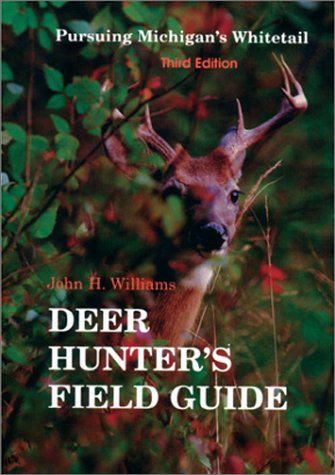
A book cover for The Deer Hunter's Field Guide: Pursuing Michigan's Whitetail; John H. Williams; Travel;